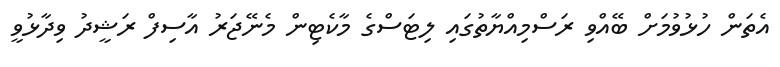
އެތަން ހުޅުވުމަށް ބޭއްވި ރަސްމިއްޔާތުގައި ލިޓަސްގެ މާކެޓިން މެނޭޖަރު އާސިފް ރަޝީދު ވިދާޅުވީ